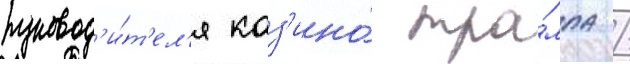
руковод'и́т'ел'я каз'ино́ тра́мпа /